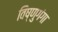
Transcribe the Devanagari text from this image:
विष्णुगंगा